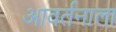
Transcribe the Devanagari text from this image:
आवर्तनाला